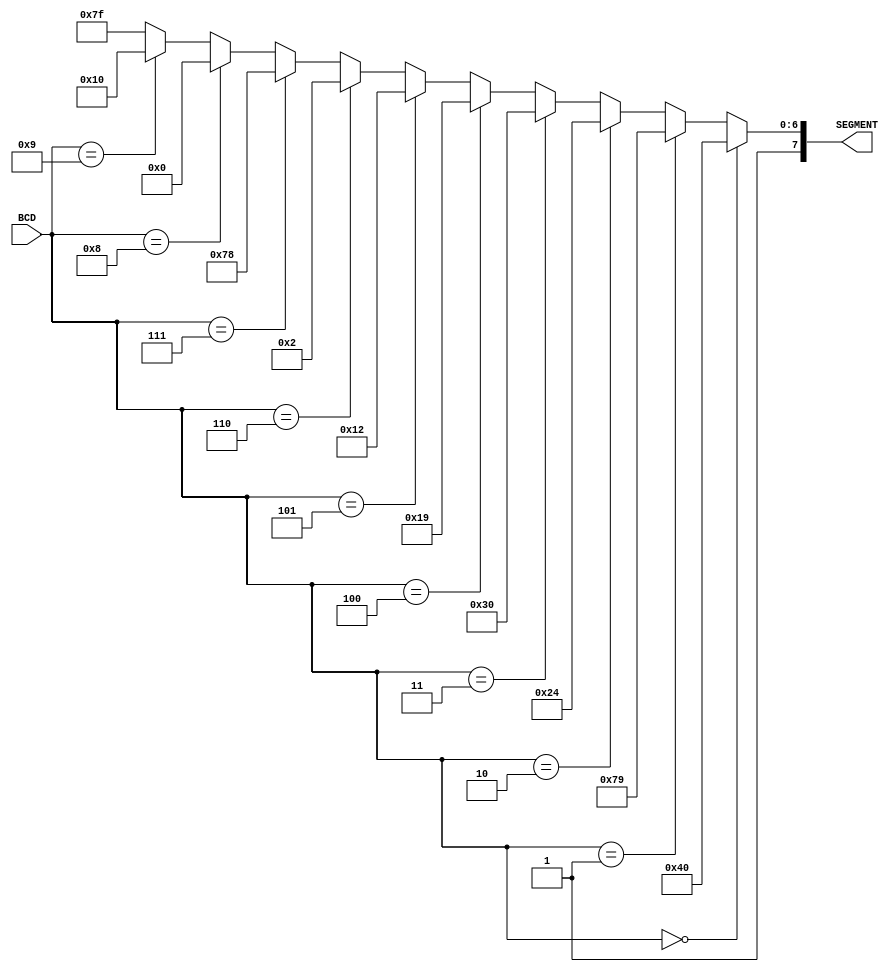
module BCD_SEVEN(BCD, SEGMENT);
    input [3:0] BCD;
    output [7:0] SEGMENT;

    reg [7:0] SEGMENT;

    always @(BCD)
        if (BCD == 4'h0)
            SEGMENT = 8'hc0;
        else if (BCD == 4'h1)
            SEGMENT = 8'hF9;
        else if (BCD == 4'h2)
            SEGMENT = 8'hA4;
        else if (BCD == 4'h3)
            SEGMENT = 8'hB0;
        else if (BCD == 4'h4)
            SEGMENT = 8'h99;
        else if (BCD == 4'h5)
            SEGMENT = 8'h92;
        else if (BCD == 4'h6)
            SEGMENT = 8'h82;
        else if (BCD == 4'h7)
            SEGMENT = 8'hF8;
        else if (BCD == 4'h8)
            SEGMENT = 8'h80;
        else if (BCD == 4'h9)
            SEGMENT = 8'h90;
        else
            SEGMENT = 8'hFF;
endmodule